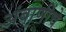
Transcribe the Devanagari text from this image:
अंबाणींचे